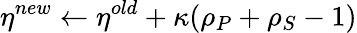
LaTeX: \eta^{new}\leftarrow\eta^{old}+\kappa(\rho_{P}+\rho_{S}-1)